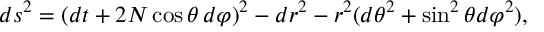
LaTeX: d s ^ { 2 } = ( d t + 2 N \cos \theta \, d \varphi ) ^ { 2 } - d r ^ { 2 } - r ^ { 2 } ( d \theta ^ { 2 } + \sin ^ { 2 } \theta d \varphi ^ { 2 } ) ,